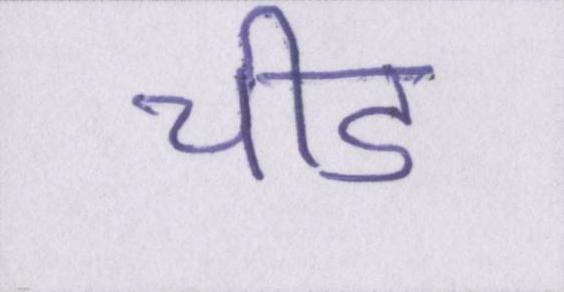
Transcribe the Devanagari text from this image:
चीड